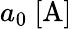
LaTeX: a_{0}\ [\mathrm{A}]